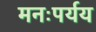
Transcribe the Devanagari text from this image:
मनःपर्यय